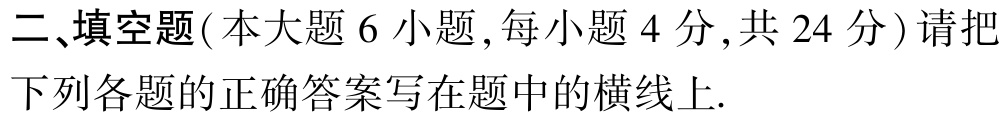
二、填空题(本大题6小题,每小题4分,共24分)请把下列各题的正确答案写在题中的横线上.